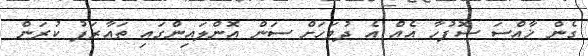
ގެން ޚާއްސަ ސޮފުހާ އެއް އެ ދުވަހަށް ސަން އޮންލައިންގައި ތަޢާރަފު ކުރަން